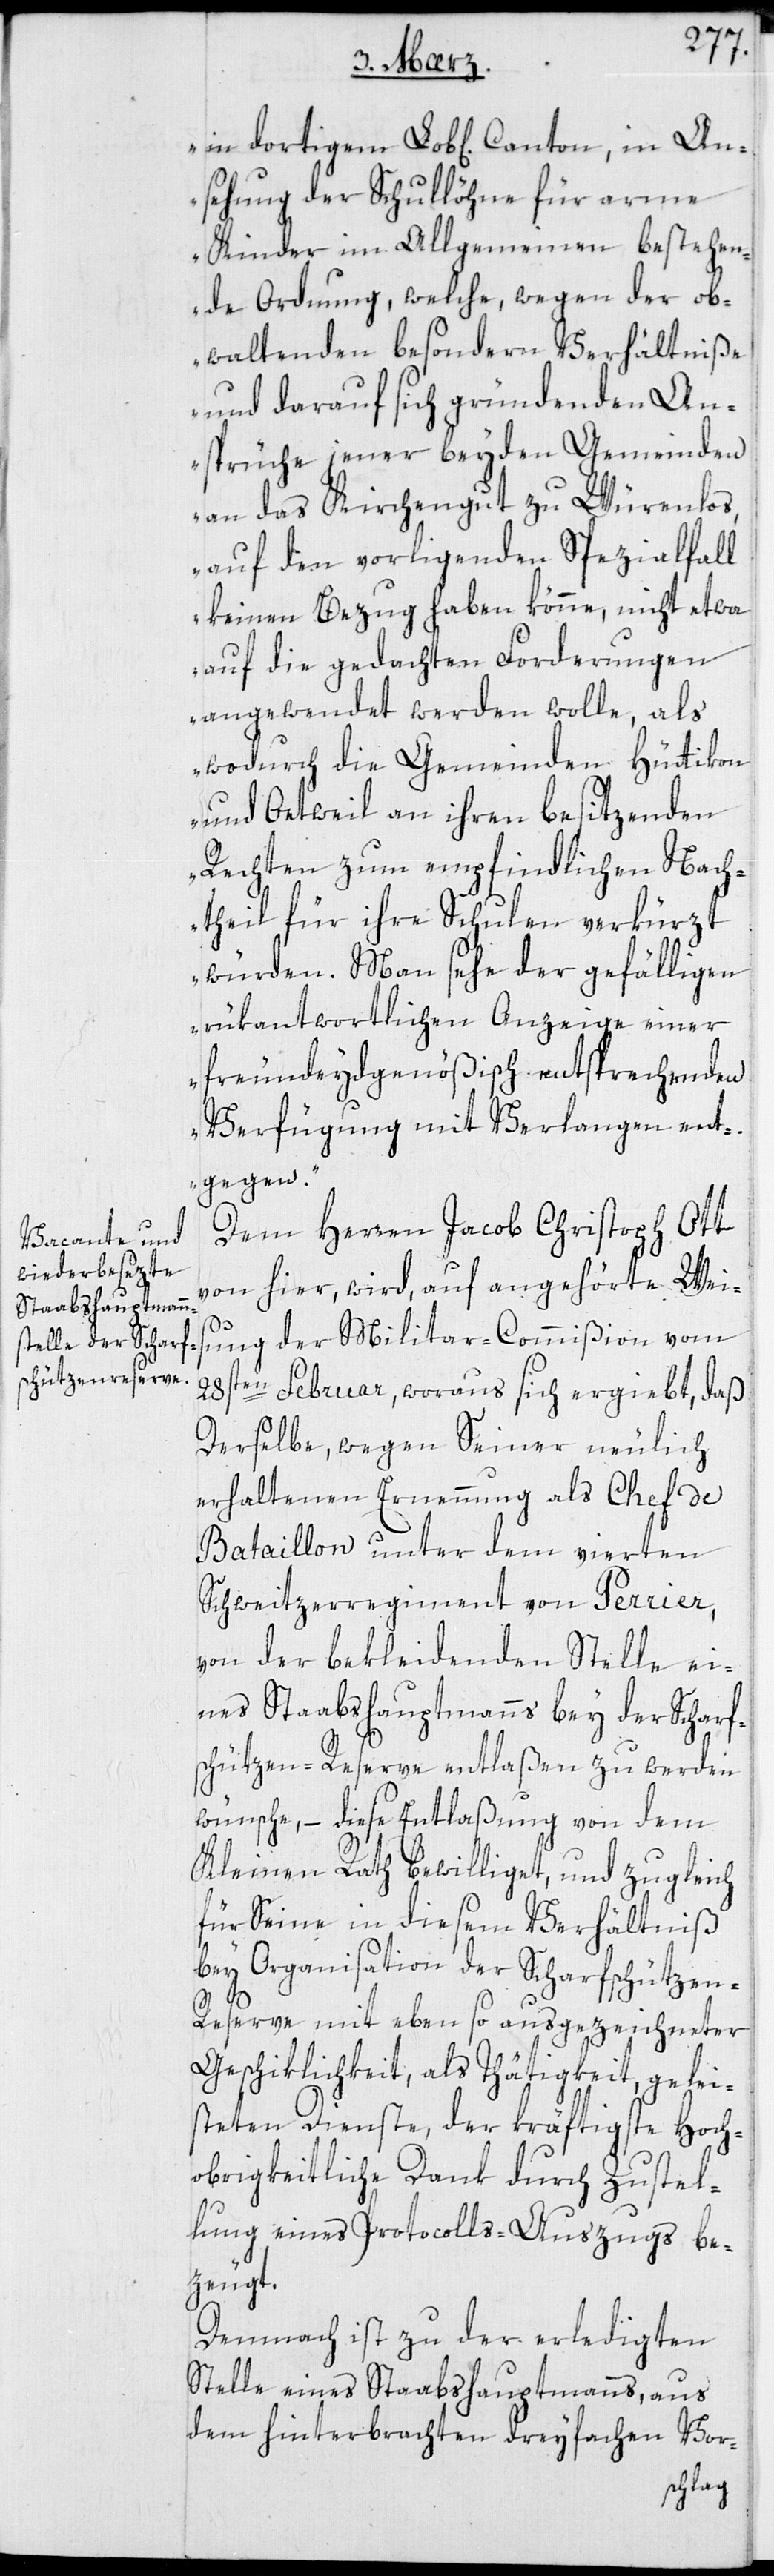
nsehung der Schullöhne für arme
Kinder im Allgemeinen bestehen¬
de Ordnung, welche wegen der ob¬
waltenden besondern Verhältniße
und darauf sich gründenden An¬
sprüche jener beyden Gemeinden
an das Kirchengut zu Würenlos,
auf den vorliegenden Spezialfall
keinen Bezug haben könne, nicht etwa
auf die gedachten Forderungen
angewendet werden wolle, als
wodurch die Gemeinden Hüttikon
und Oetweil an ihren besitzenden
Rechten zum empfindlichen Nach¬
theil für ihre Schulen verkürzt
würden. Man sehe der gefälligen
rükantwortlichen Anzeige einer
freundeydgenößisch entsprechenden
Verfügung mit Verlangen ent¬
gegen“.
Dem Herren Jacob Christoph Ott
von hier, wird auf angehörte Weis¬
A¬
ung der Militar-Commißion vom
28sten Februar, woraus sich ergiebt, daß
Derselbe wegen seiner neulich
erhaltenen Ernennung als Chef de
Bataillon unter dem vierten
Schweitzerregiment von Perrier,
von der bekleidenden Stelle ei¬
nes Staabshauptmanns bey der Scharf¬
schützen-Reserve entlaßen zu werden
wünsche, – diese Entlaßung von dem
Kleinen Rath bewilliget, und zugleich
für Seine in diesem Verhältniß
bey Organisation der Scharfschützen-R¬
eserve mit ebenso ausgezeichneter
Geschiklichkeit als Thätigkeit, gelei¬
steten Dienste, der kräftigste Hoch¬
obrigkeitliche Dank durch Zustel¬
lung eines Protocolls-Auszugs be¬
zeugt.
Demnach ist zu der erledigten
Stelle eines Staabshauptmanns, aus
dem hinterbrachten dreyfachen Vor-